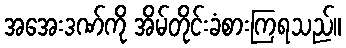
အအေးဒဏ်ကို အိမ်တိုင်းခံစားကြရသည်။